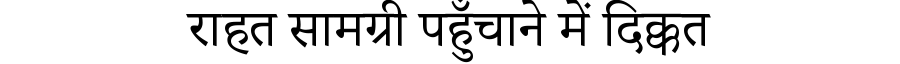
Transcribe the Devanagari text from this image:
राहत सामग्री पहुँचाने में दिक्कत